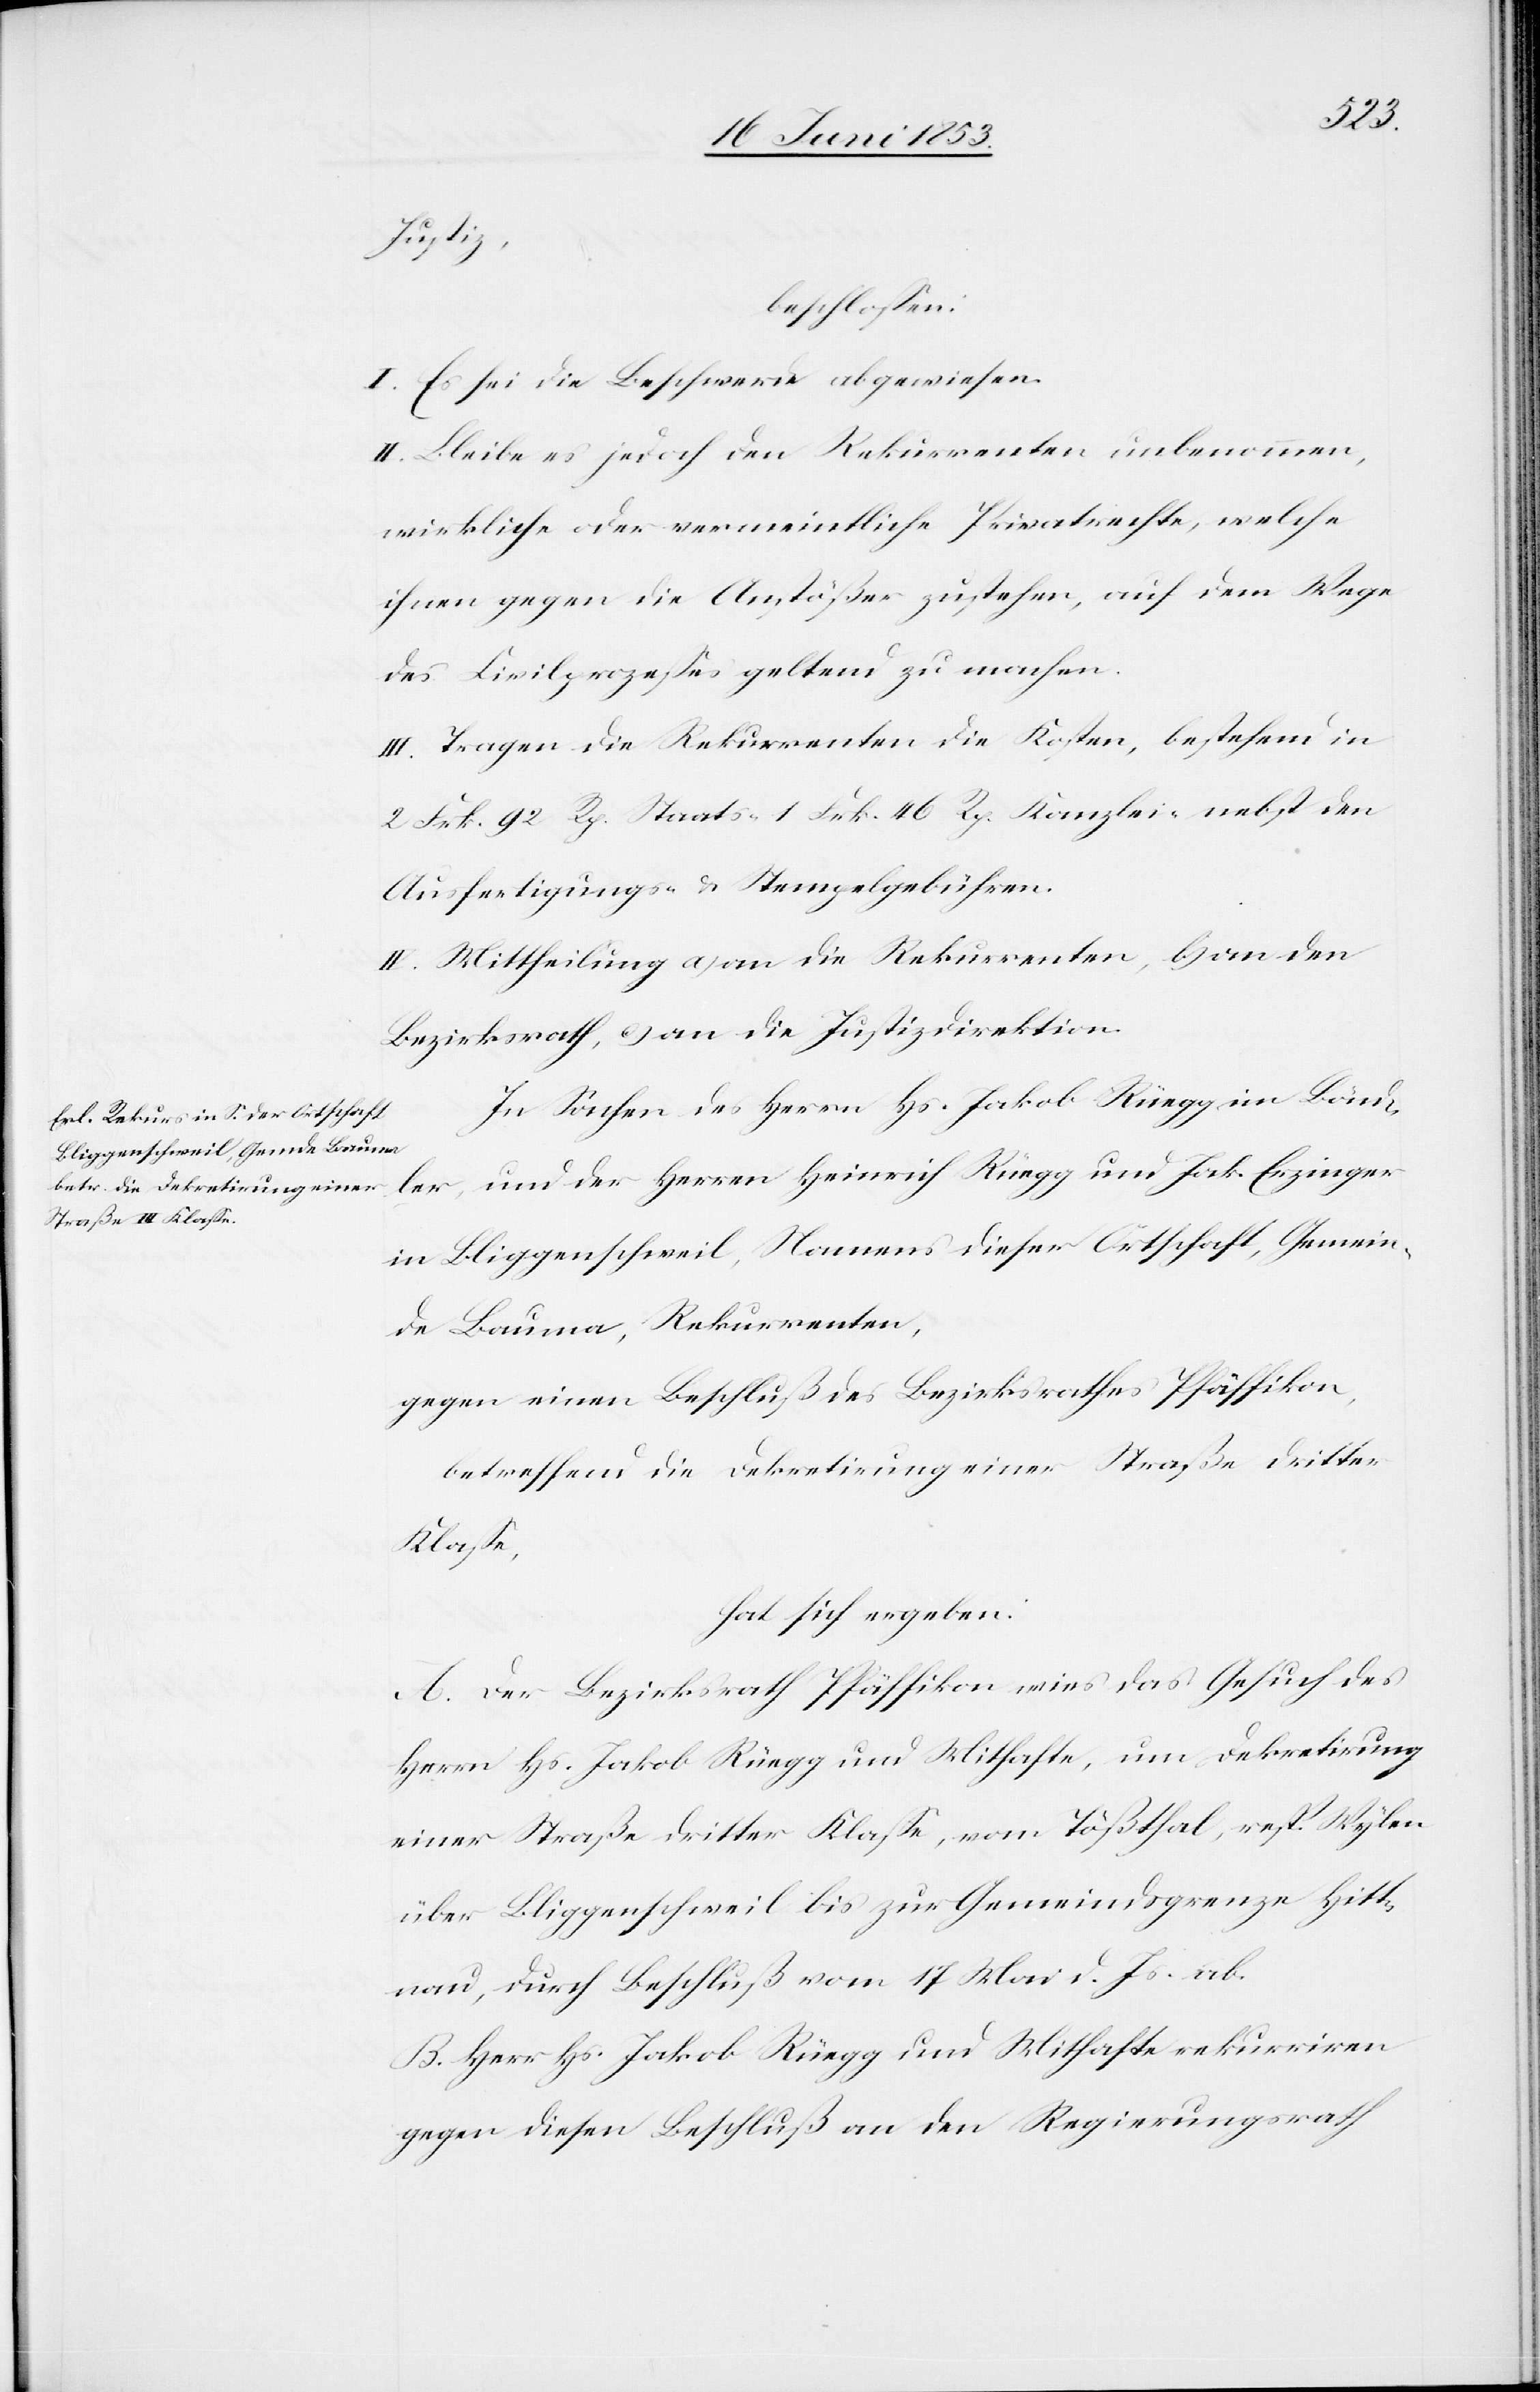
Justiz
beschloßen:
I. Es sei die Beschwerde abgewiesen.
II. Bleibe es jedoch den Rekurrenten unbenommen,
wirkliche oder vermeintliche Privatrechte, welche
ihnen gegen die Anstößer zustehen, auf dem Wege
des Civilprozeßes geltend zu machen.
III. Tragen die Rekurrenten die Kosten, bestehend in
2 Frk. 92 Rp. Staats- 1 Frk. 46 Rp. Kanzlei- nebst den
Ausfertigungs- u. Stempelgebühren.
IV. Mittheilung a) an die Rekurrenten, b) an den
Bezirksrath, c) an die Justizdirektion.
In Sachen des Herrn Hs. Jakob Rüegger im Bänd¬
ler, und der Herren Heinrich Rüegg und Jak. Erzinger
in Bliggenschweil, Namens dieser Ortschaft, Gemein¬
de Bauma, Rekurrenten,
gegen einen Beschluß des Bezirksrathes Pfäffikon,
betreffend die Dekretirung einer Straße dritter
Klaße,
hat sich ergeben:
A. Der Bezirksrath Pfäffikon wies das Gesuch des
Herrn Hs. Jakob Rüegg und Mithafte, um Dekretirung
einer Straße dritter Klaße, vom Tößthal, resp. Wylen
über Bliggenschweil bis zur Gemeindsgrenze Hitt¬
nau, durch Beschluß vom 17 Mai d. J. ab.
B. Herr Hs. Jakob Rüegg und Mithafte rekurriren
gegen diesen Beschluß an den Regierungsrath